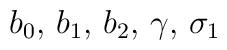
b_{0},\, b_{1},\, b_{2},\, \gamma ,\, \sigma _{1}